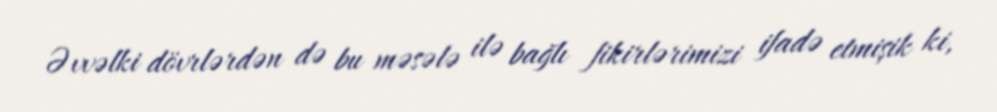
Əvvəlki dövrlərdən də bu məsələ ilə bağlı fikirlərimizi ifadə etmişik ki,